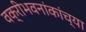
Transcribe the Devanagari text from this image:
वक्रीभवनांकांच्या